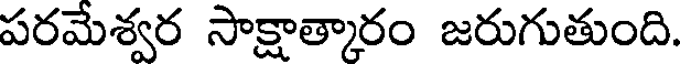
పరమేశ్వర సాక్షాత్కారం జరుగుతుంది.